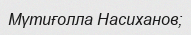
Мүтиғолла Насиханов;